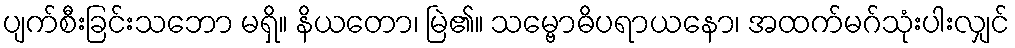
ပျက်စီးခြင်းသဘော မရှိ။ နိယတော၊ မြဲ၏။ သမ္ဗောဓိပရာယနော၊ အထက်မဂ်သုံးပါးလျှင်